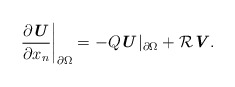
\begin{align*} \frac{\partial \textbf{\textit{U}}}{\partial x_n}\bigg|_{\partial \Omega}=-Q\textbf{\textit{U}}|_{\partial \Omega}+\mathcal{R}\textbf{\textit{V}}. \end{align*}